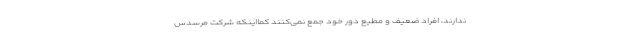
ندارند، افراد ضعیف و مطیع دور خود جمع نمی‌­کنند کمااینکه شرکت مرسدس